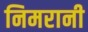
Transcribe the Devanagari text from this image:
निमरानी